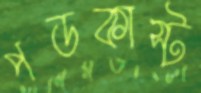
পডকাস্ট